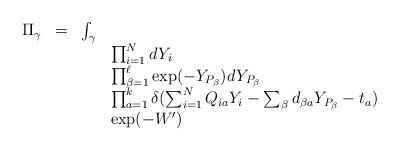
\begin{align*}\begin{array}{rrll}\Pi_\gamma & = & \int_\gamma & \\& & & \prod_{i=1}^N dY_i \\& & & \prod_{\beta = 1}^\ell \exp(-Y_{P_{\beta}}) dY_{P_\beta} \\& & & \prod_{a = 1}^k \delta(\sum_{i = 1}^N Q_{i a} Y_i - \sum_\beta d_{\beta a} Y_{P_{\beta}} - t_a) \\& & & \exp(-W')\end{array}\end{align*}